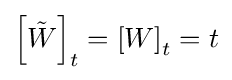
\left[{\tilde {W}}\right]_{t}=\left[W\right]_{t}=t